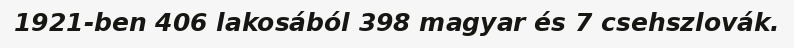
1921-ben 406 lakosából 398 magyar és 7 csehszlovák.